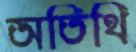
অতিথি